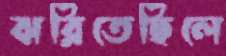
ঝরিতেছিলে